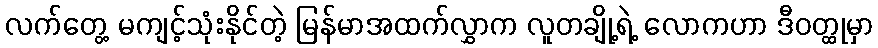
လက်တွေ့ မကျင့်သုံးနိုင်တဲ့ မြန်မာအထက်လွှာက လူတချို့ရဲ့ လောကဟာ ဒီဝတ္ထုမှာ